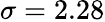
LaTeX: \sigma=2.28